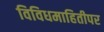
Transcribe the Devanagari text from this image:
विविधमाहितीपर